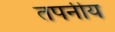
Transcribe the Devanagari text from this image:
तपनीय